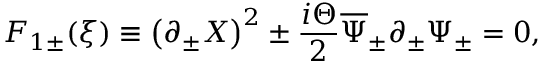
F _ { 1 \pm } ( \xi ) \equiv \left( \partial _ { \pm } X \right) ^ { 2 } \pm { \frac { i \Theta } { 2 } } \overline { { \Psi } } _ { \pm } \partial _ { \pm } \Psi _ { \pm } = 0 ,